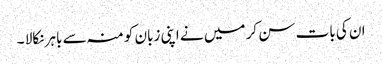
ان کی بات سن کر میں نے اپنی زبان کو منہ سے باہر نکالا ۔